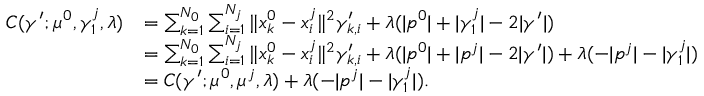
\begin{array} { r l } { C ( \gamma ^ { \prime } ; \mu ^ { 0 } , \gamma _ { 1 } ^ { j } , \lambda ) } & { = \sum _ { k = 1 } ^ { N _ { 0 } } \sum _ { i = 1 } ^ { N _ { j } } \| x _ { k } ^ { 0 } - x _ { i } ^ { j } \| ^ { 2 } \gamma _ { k , i } ^ { \prime } + \lambda ( | p ^ { 0 } | + | \gamma _ { 1 } ^ { j } | - 2 | \gamma ^ { \prime } | ) } \\ & { = \sum _ { k = 1 } ^ { N _ { 0 } } \sum _ { i = 1 } ^ { N _ { j } } \| x _ { k } ^ { 0 } - x _ { i } ^ { j } \| ^ { 2 } \gamma _ { k , i } ^ { \prime } + \lambda ( | p ^ { 0 } | + | p ^ { j } | - 2 | \gamma ^ { \prime } | ) + \lambda ( - | p ^ { j } | - | \gamma _ { 1 } ^ { j } | ) } \\ & { = C ( \gamma ^ { \prime } ; \mu ^ { 0 } , \mu ^ { j } , \lambda ) + \lambda ( - | p ^ { j } | - | \gamma _ { 1 } ^ { j } | ) . } \end{array}